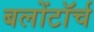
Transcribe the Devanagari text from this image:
बलोंटॉर्च